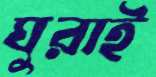
ঘুরাই